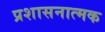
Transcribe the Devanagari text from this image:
प्रशासनात्मक